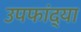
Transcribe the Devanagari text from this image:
उपफांद्या